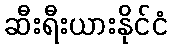
ဆီးရီးယားနိုင်ငံ